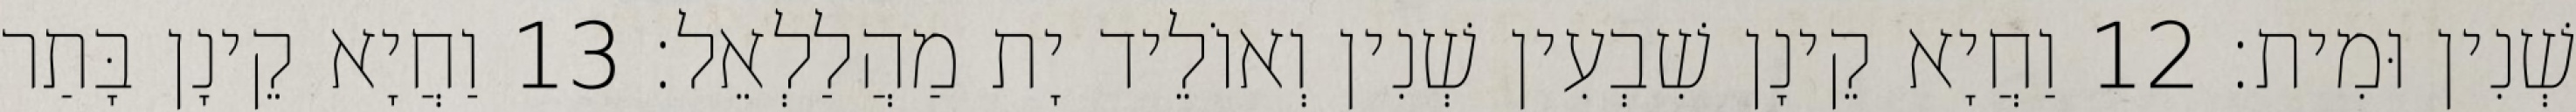
שְׁנִין וּמִית׃ 12 וַחֲיָא קֵינָן שִׁבְעִין שְׁנִין וְאוֹלֵיד יָת מַהֲלַלְאֵל׃ 13 וַחֲיָא קֵינָן בָּתַר